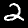
Label: 2